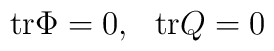
\mbox{tr} \Phi = 0, \ \ \mbox{tr} Q =0 \label n